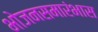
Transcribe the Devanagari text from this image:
भोजनसमारंभास